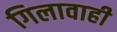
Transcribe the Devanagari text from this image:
गिलावाही